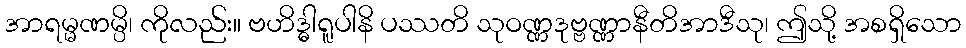
အာရမ္မဏမ္ပိ၊ ကိုလည်း။ ဗဟိဒ္ဓါရူပါနိ ပဿတိ သုဝဏ္ဏဒုဗ္ဗဏ္ဏာနီတိအာဒီသု၊ ဤသို့ အစရှိသော